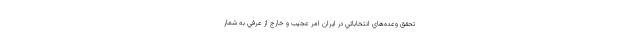
تحقق وعده‌هاي انتخاباتي در ايران امر عجيب و خارج از عرفي به شمار